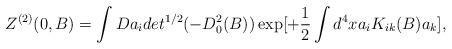
LaTeX: \begin{align*}Z^{(2)}(0,B) = \int Da_i det^{1/2} (-D^2_0 (B))\exp [+\frac{1}{2} \int d^4 xa_i K_{ik}(B) a_k],\end{align*}